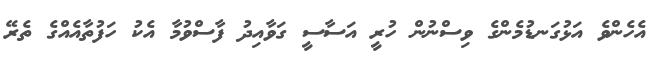
އެހެންވެ އަޅުގަނޑުމެންގެ ވިސްނުން ހުރީ އަސާސީ ގަވާއިދު ފާސްވުމާ އެކު ހަފުތާއެއްގެ ތެރޭ